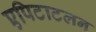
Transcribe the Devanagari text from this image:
एपिटाटलन